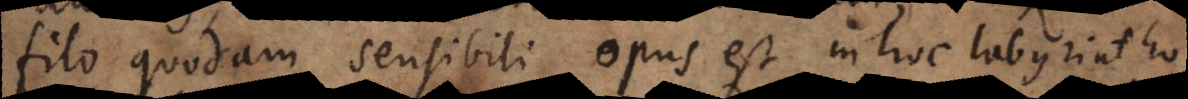
filo quodam sensibili opus est in hoc labyrintho,